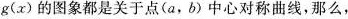
g(x)的图象都是关于点(a，b)中心对称曲线，那么，